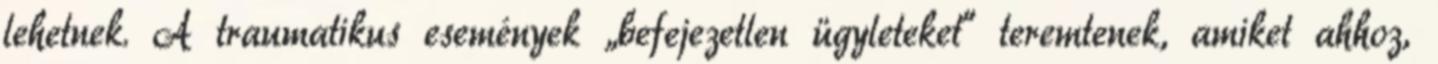
lehetnek. A traumatikus események „befejezetlen ügyleteket” teremtenek, amiket ahhoz,